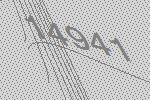
14941